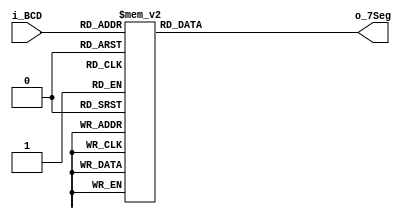
`timescale 1ns / 1ps
//////////////////////////////////////////////////////////////////////////////////
// Company: 
// Engineer: 
// 
// Design Name: 
// Module Name:    BCD_to_7Seg 
// Project Name: 
// Target Devices: 
// Tool versions: 
// Description: 
//
// Dependencies: 
//
// Revision: 
// Revision 0.01 - File Created
// Additional Comments: 
//
//////////////////////////////////////////////////////////////////////////////////
module BCD_to_7Seg(
    input [3:0] i_BCD,
    output reg [7:0] o_7Seg
    );
	 
	 initial
		o_7Seg <= 8'h00;
	 
	 always @(i_BCD)
	 begin
	 
		case(i_BCD)
		
			4'h0: o_7Seg <= 8'b11101110;
			4'h1: o_7Seg <= 8'b01001000;
			4'h2: o_7Seg <= 8'b00111110;
			4'h3: o_7Seg <= 8'b01111100;
			4'h4: o_7Seg <= 8'b11011000;
			4'h5: o_7Seg <= 8'b11110100;
			4'h6: o_7Seg <= 8'b11110110;
			4'h7: o_7Seg <= 8'b01101000;
			4'h8: o_7Seg <= 8'b11111110;
			4'h9: o_7Seg <= 8'b11111100;
			default: o_7Seg <= 8'b00010000;
		
		endcase
		
	end

endmodule